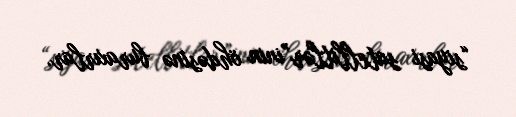
“siyasi satellitlər”inin öhdəsinə buraxırlar.